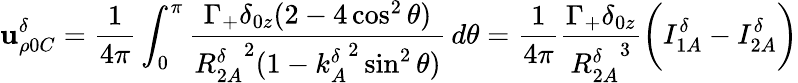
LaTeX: \mathbf{u}_{\rho0C}^{\delta}=\frac{{1}}{{4\pi}}\int_{0}^{\pi}\frac{{\Gamma_{+}\delta_{0z}(2-4\cos^{2}\theta)}}{{{R_{2A}^{\delta}}^{2}(1-{k_{A}^{\delta}}^{2}\sin^{2}\theta)}}\, d\theta=\frac{{1}}{{4\pi}}\frac{{\Gamma_{+}\delta_{0z}}}{{{R_{2A}^{\delta}}^{3}}}\bigg(I_{1A}^{\delta}-I_{2A}^{\delta}\bigg)